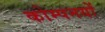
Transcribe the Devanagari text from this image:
कोम्पनयों